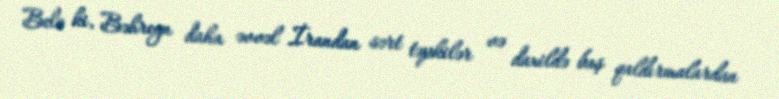
Belə ki, Bəhreyn daha əvvəl İrandan sərt təpkilər və daxildə baş qaldırmalardan